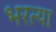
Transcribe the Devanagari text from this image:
भरत्या